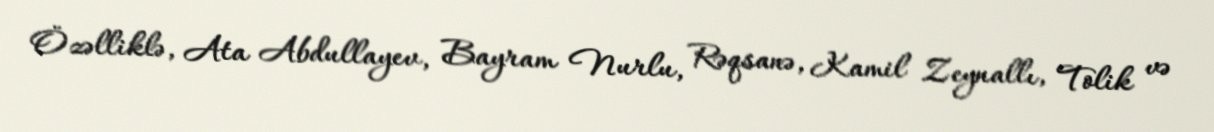
Özəlliklə, Ata Abdullayev, Bayram Nurlu, Rəqsanə, Kamil Zeynallı, Tolik və